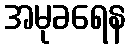
အမုခရေန